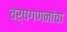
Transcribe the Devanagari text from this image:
वर्षगणनांचा